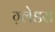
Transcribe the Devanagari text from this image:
ग़्लेडस